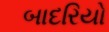
બાદરિયો